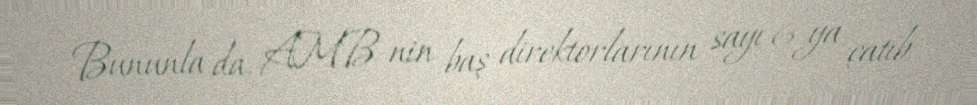
Bununla da, AMB-nin baş direktorlarının sayı 6-ya çatıb.